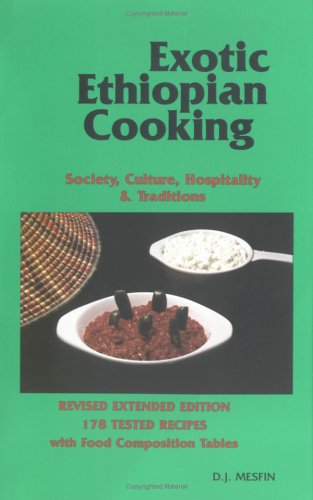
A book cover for Exotic Ethiopian Cooking: Society, Culture, Hospitality, and Traditions; Cookbooks, Food & Wine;